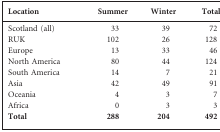
| Location | Summer | Winter | Total |
 | --- | --- | --- | --- |
 | Scotland (all) | 33 | 39 | 72 |
 | RUK | 102 | 26 | 128 |
 | Europe | 13 | 33 | 46 |
 | North America | 80 | 44 | 124 |
 | South America | 14 | 7 | 21 |
 | Asia | 42 | 49 | 91 |
 | Oceania | 4 | 3 | 7 |
 | Africa | 0 | 3 | 3 |
 | Total | 288 | 204 | 492 |